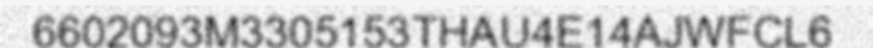
6602093M3305153THAU4E14AJWFCL6